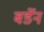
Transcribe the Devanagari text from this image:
बर्डेन